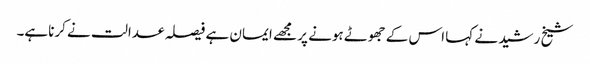
شیخ رشید نے کہا اس کے جھوٹے ہونے پر مجھے ایمان ہے فیصلہ عدالت نے کرناہے۔